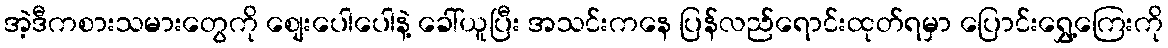
အဲ့ဒီကစားသမားတွေကို စျေးပေါပေါနဲ့ ခေါ်ယူပြီး အသင်းကနေ ပြန်လည်ရောင်းထုတ်ရမှာ ပြောင်းရွှေ့ကြေးကို